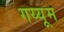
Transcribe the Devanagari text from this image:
गय्यूम